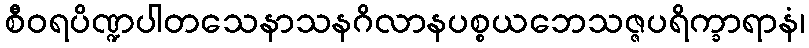
စီဝရပိဏ္ဍပါတသေနာသနဂိလာနပစ္စယဘေသဇ္ဇပရိက္ခာရာနံ၊